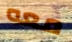
معه